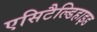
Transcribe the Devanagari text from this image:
एसिटैल्डिहाइड